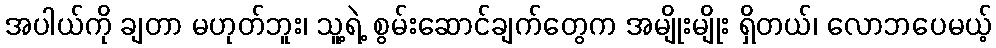
အပါယ်ကို ချတာ မဟုတ်ဘူး၊ သူ့ရဲ့ စွမ်းဆောင်ချက်တွေက အမျိုးမျိုး ရှိတယ်၊ လောဘပေမယ့်